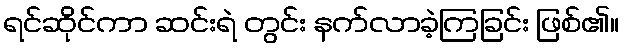
ရင်ဆိုင်ကာ ဆင်းရဲ တွင်း နက်လာခဲ့ကြခြင်း ဖြစ်၏။